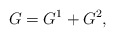
\begin{align*} G=G^1+G^2,\end{align*}